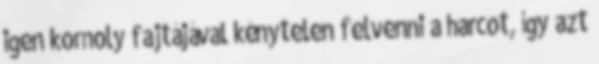
igen komoly fajtájával kénytelen felvenni a harcot, így azt